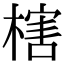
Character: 㮫